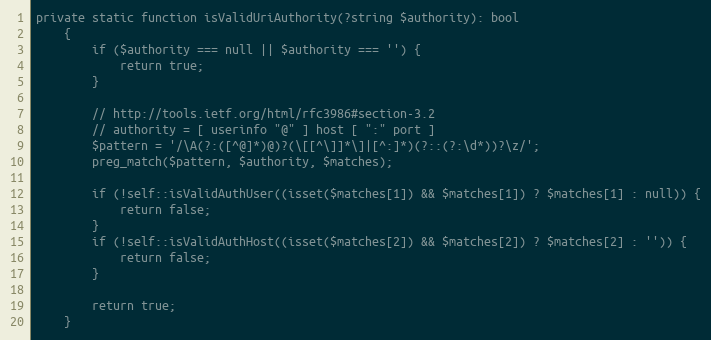
Language: PHP
private static function isValidUriAuthority(?string $authority): bool
    {
        if ($authority === null || $authority === '') {
            return true;
        }

        // http://tools.ietf.org/html/rfc3986#section-3.2
        // authority = [ userinfo "@" ] host [ ":" port ]
        $pattern = '/\A(?:([^@]*)@)?(\[[^\]]*\]|[^:]*)(?::(?:\d*))?\z/';
        preg_match($pattern, $authority, $matches);

        if (!self::isValidAuthUser((isset($matches[1]) && $matches[1]) ? $matches[1] : null)) {
            return false;
        }
        if (!self::isValidAuthHost((isset($matches[2]) && $matches[2]) ? $matches[2] : '')) {
            return false;
        }

        return true;
    }